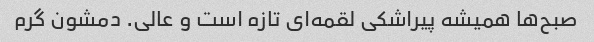
صبح‌ها همیشه پیراشکی لقمه‌ای تازه است و عالی. دمشون گرم